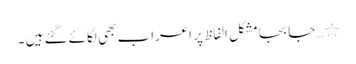
٭…جا بجامشکل الفاظ پر اعراب بھی لگائے گئے ہیں ۔